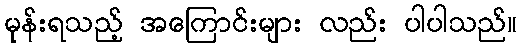
မုန်းရသည့် အကြောင်းများ လည်း ပါပါသည်။